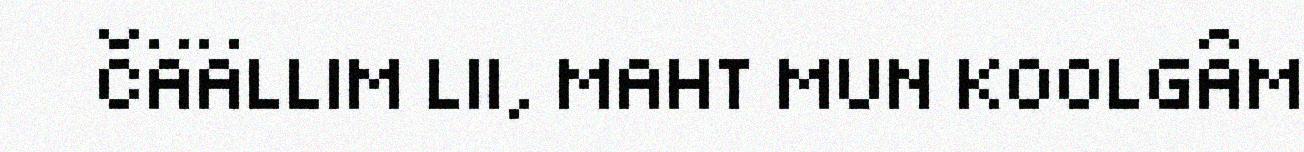
ČÄÄLLIM LII, MAHT MUN KOOLGÂM